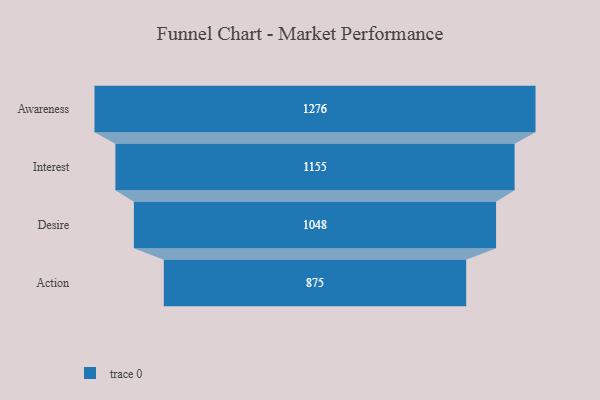
{"axis": {"x": "Stage", "y": "Value"}, "legend": [""], "data": [{"x": "Awareness", "y": 1276.0, "type": ""}, {"x": "Interest", "y": 1155.0, "type": ""}, {"x": "Desire", "y": 1048.0, "type": ""}, {"x": "Action", "y": 875.0, "type": ""}]}